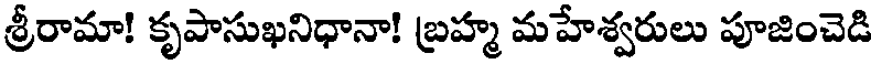
శ్రీరామా! కృపాసుఖనిధానా! బ్రహ్మ మహేశ్వరులు పూజించెడి